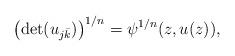
LaTeX: \begin{align*} \left(\det (u_{j\bar k})\right)^{1/n} = \psi^{1\slash n} (z,u (z)),\end{align*}